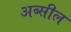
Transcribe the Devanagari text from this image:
अब्सील